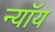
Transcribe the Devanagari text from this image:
न्यॉय